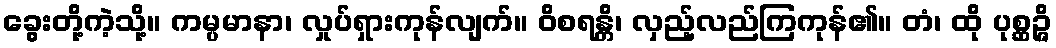
ခွေးတို့ကဲ့သို့။ ကမ္ပမာနာ၊ လှုပ်ရှားကုန်လျက်။ ဝိစရန္တိ၊ လှည့်လည်ကြကုန်၏။ တံ၊ ထို ပုစ္ဆဉ္ဇိ